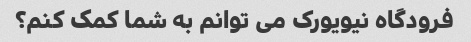
فرودگاه نیویورک می توانم به شما کمک کنم؟